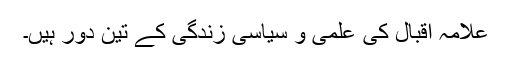
علامہ اقبال کی علمی و سیاسی زندگی کے تین دور ہیں۔